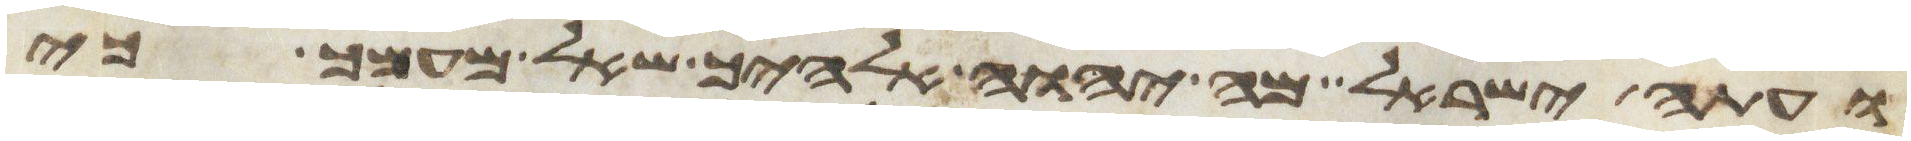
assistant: ועתה ישראל מה יהוה אלהיך שאל מעמך כי